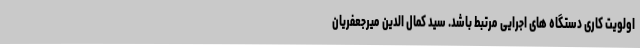
اولویت کاری دستگاه های اجرایی مرتبط باشد. سید کمال الدین میرجعفریان